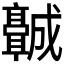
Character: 𬴡